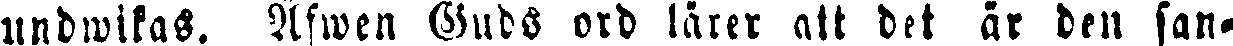
undwikas. Äfwen Guds ord lärer att det är den san-